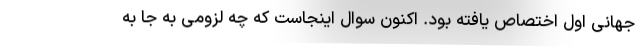
جهانی اول اختصاص یافته بود. اکنون سوال اینجاست که چه لزومی به جا به